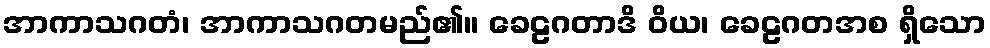
အာကာသဂတံ၊ အာကာသဂတမည်၏။ ခေဠဂတာဒိ ဝိယ၊ ခေဠဂတအစ ရှိသော